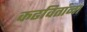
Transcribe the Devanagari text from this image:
कढवितांना